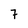
Character: 7